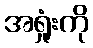
အရှုံးကို